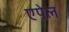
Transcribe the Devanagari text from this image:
एपेल